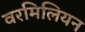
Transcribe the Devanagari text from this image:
वरमिलियन